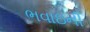
ભવાઇની